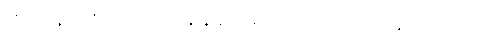
တဟုန်ထိုးတက်လာချိန်နဲ့လည်း တိုက်ဆိုင်နေပါတယ်။